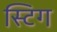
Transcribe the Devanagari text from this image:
स्टिग